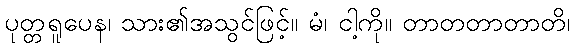
ပုတ္တရူပေန၊ သား၏အသွင်ဖြင့်။ မံ၊ ငါ့ကို။ တာတတာတာတိ၊